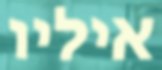
איליו